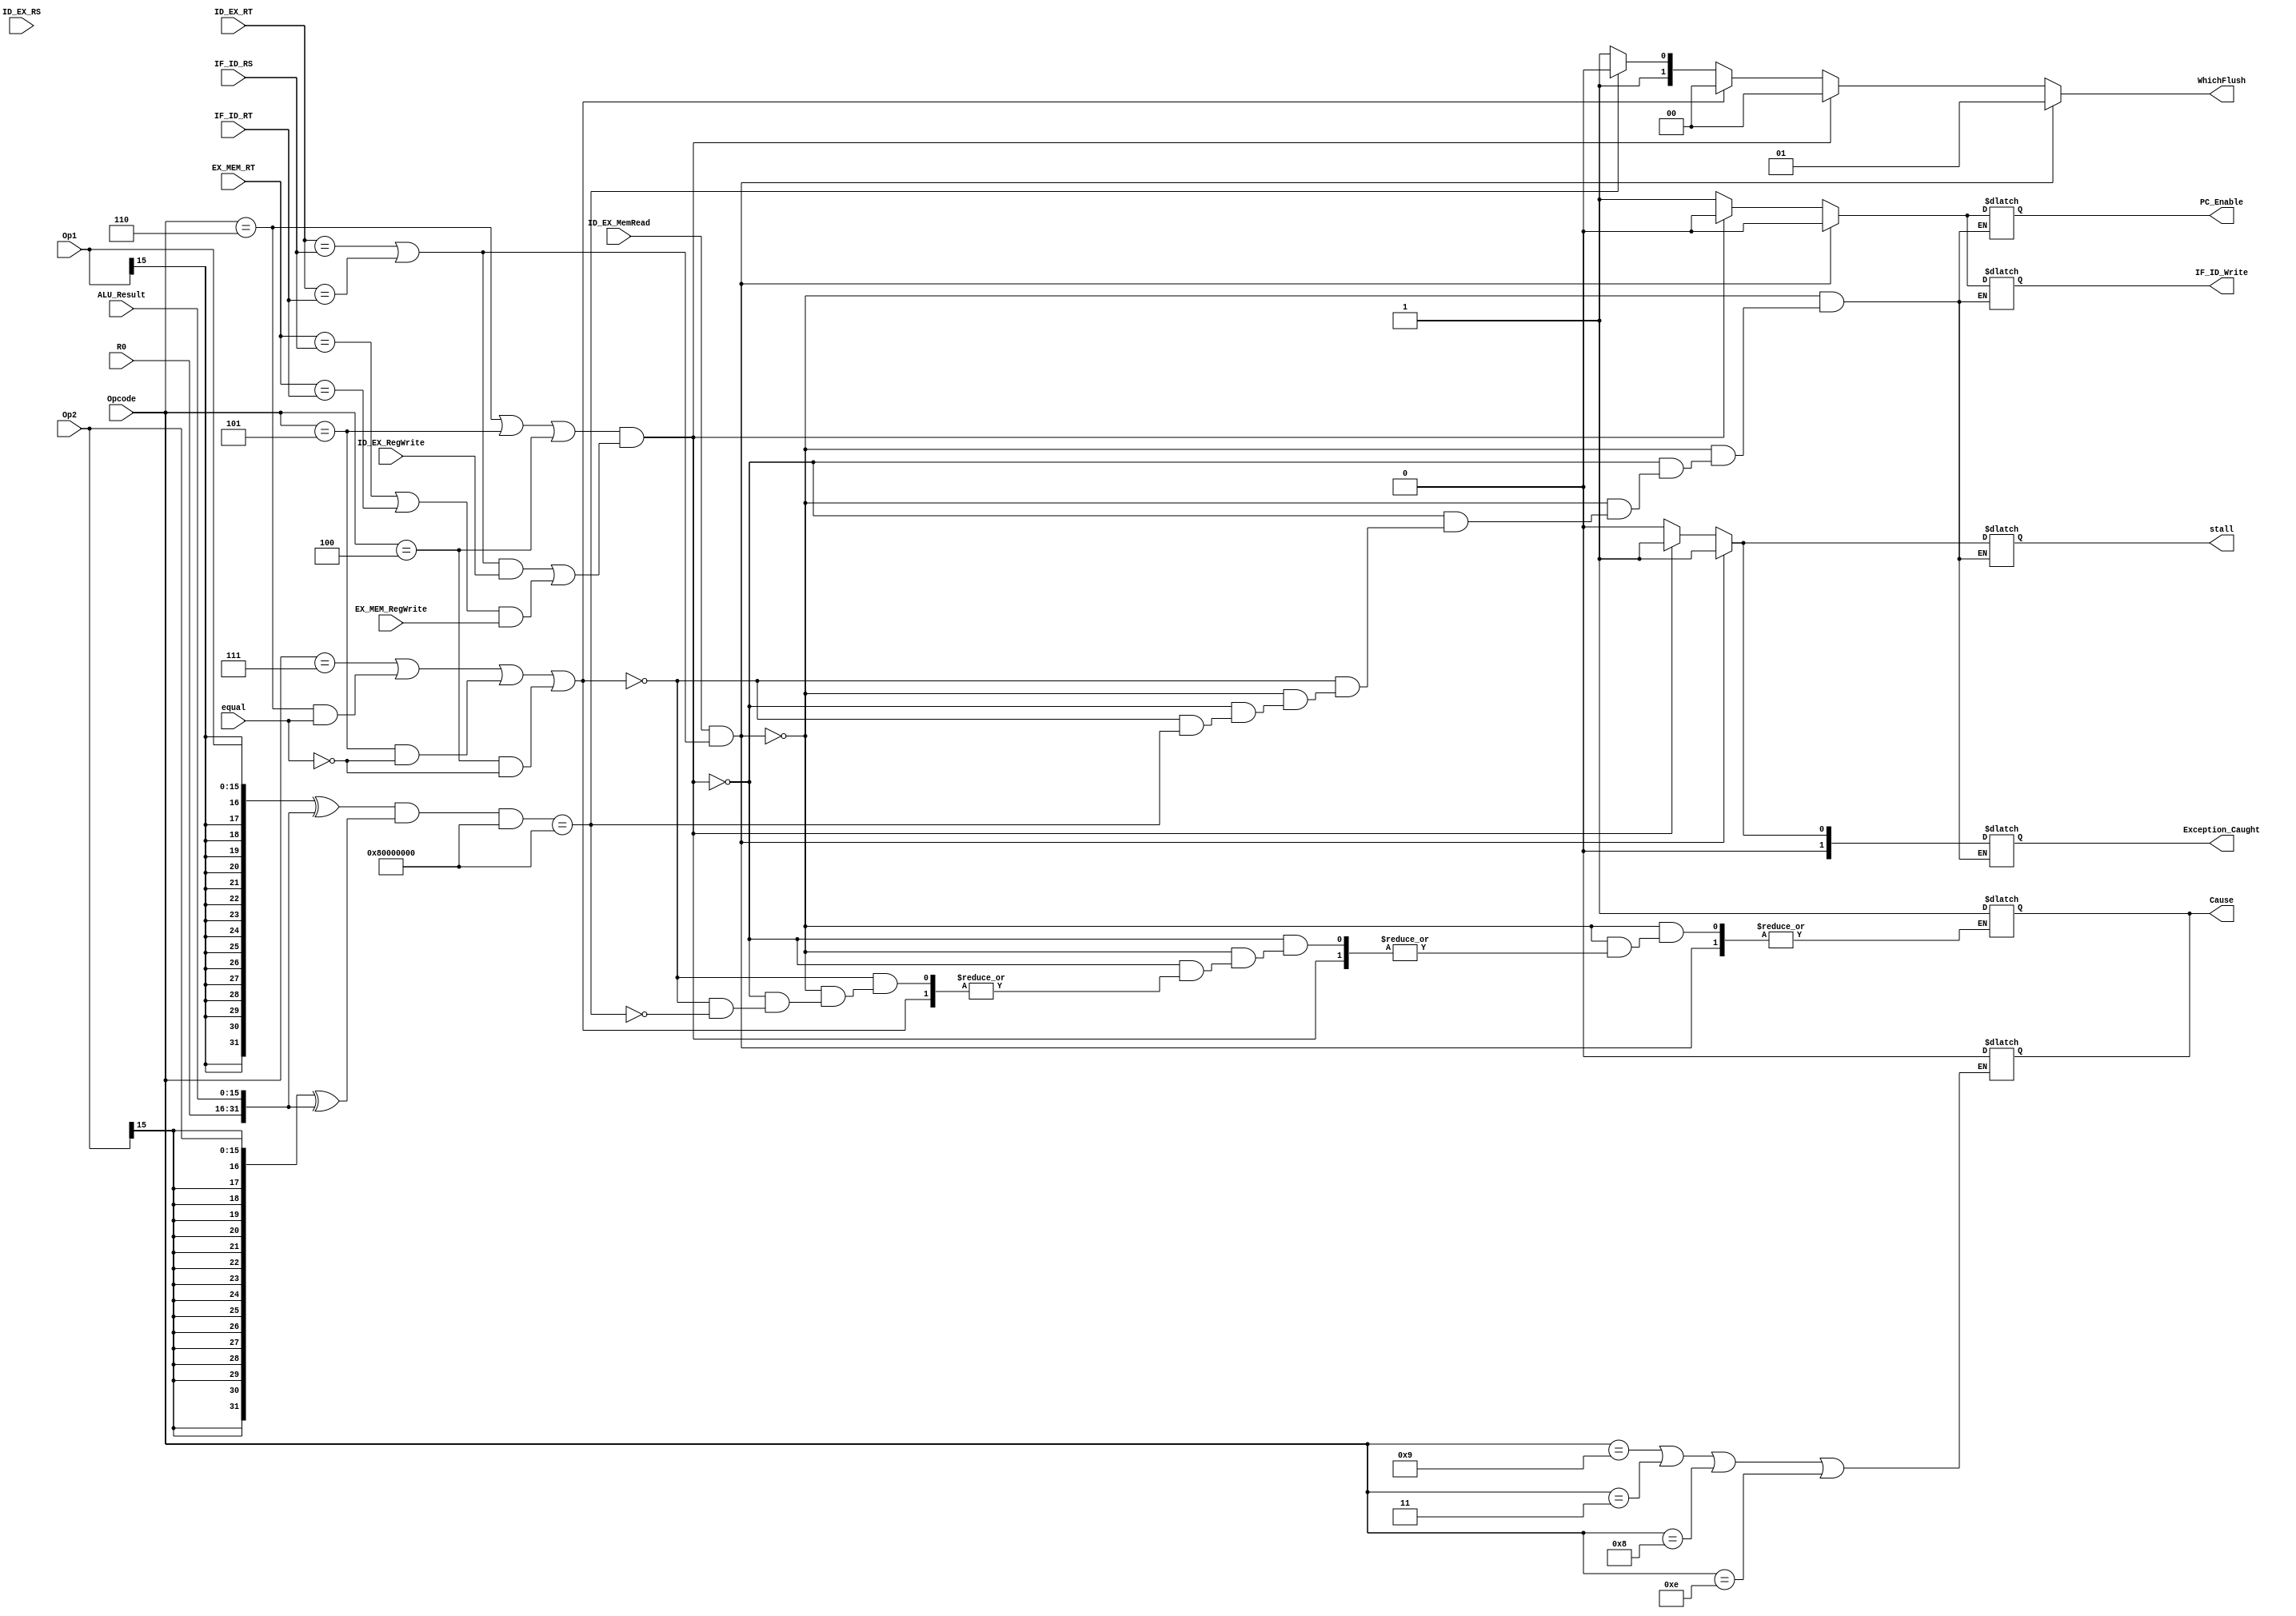
module HDU(
input [3:0] Opcode, 
input ID_EX_MemRead, equal, ID_EX_RegWrite, EX_MEM_RegWrite,
input [3:0] ID_EX_RT, ID_EX_RS, IF_ID_RS, IF_ID_RT, EX_MEM_RT,
input signed [15:0] ALU_Result, R0, Op1, Op2,
output reg IF_ID_Write, stall, PC_Enable, Cause,
output reg [1:0] WhichFlush, Exception_Caught
);

reg [31:0] ALU_FullResult;
reg [31:0] Op1_32;
reg [31:0] Op2_32;

localparam j = 4'h7;
localparam beq = 4'h6;
localparam blt = 4'h5;
localparam bgt = 4'h4;

always@(*)
begin
if((Opcode == 4'b1001) || (Opcode == 4'b0011) || (Opcode == 4'b1000) || (Opcode == 4'b1110))
        Cause = 1'b0; //INVALID OPCODE
end

always@(*)
begin
ALU_FullResult = {R0, ALU_Result};
Op1_32 = {{16{Op1[15]}},Op1[15:0]};
Op2_32 = {{16{Op2[15]}},Op2[15:0]};


if(ID_EX_MemRead && ((ID_EX_RT == IF_ID_RS) || (ID_EX_RT == IF_ID_RT))) begin
	stall = 1'b1;
	PC_Enable = 1'b0;
    Exception_Caught = 2'b01;
    IF_ID_Write = 1'b0;
	WhichFlush = 2'b01;
	end
else if(((Opcode == beq) || (Opcode == blt) || (Opcode == bgt)) && (((ID_EX_RT == IF_ID_RS || ID_EX_RT == IF_ID_RT) && (ID_EX_RegWrite == 1'b1)) || ((EX_MEM_RT == IF_ID_RS || EX_MEM_RT == IF_ID_RT) && (EX_MEM_RegWrite == 1'b1)))) 
	begin
	stall = 1'b1;
	PC_Enable = 1'b0;
    Exception_Caught = 2'b01;
    IF_ID_Write = 1'b0;
	WhichFlush = 2'b00;
	end
else if((Opcode == j) || (Opcode == beq && (equal == 1'b1)) || (Opcode == blt && (equal == 1'b0)) || (Opcode == bgt && (equal == 1'b0))) begin
	stall = 1'b0;
	PC_Enable = 1'b1;
    Exception_Caught = 2'b00;
    IF_ID_Write = 1'b1;
	WhichFlush = 2'b00;
	end

else if((((Op1_32 ^ ALU_FullResult)&(Op2_32 ^ ALU_FullResult)) & 32'h80000000) == 32'h80000000) begin
	Cause = 1'b1;
	WhichFlush = 2'b10;
	end
else begin
        stall = 1'b0;
        PC_Enable = 1'b1;
        Exception_Caught = 2'b00;
        IF_ID_Write = 1'b1;
        WhichFlush = 2'b11;			                                								
     end
end
endmodule